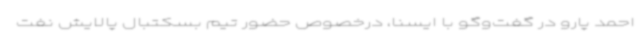
احمد پارو در گفت‌وگو با ایسنا، درخصوص حضور تیم بسکتبال پالایش نفت